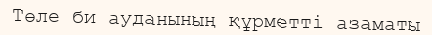
Төле би ауданының құрметті азаматы